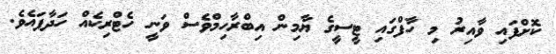
ކޮށްފައި ވާއިރު މި ހާފްގައި ޓީސީގެ ޔާމިން އިބްރާހިމްވެސް ވަނީ ހެޓްރިކެއް ހަދާފައެވެ.